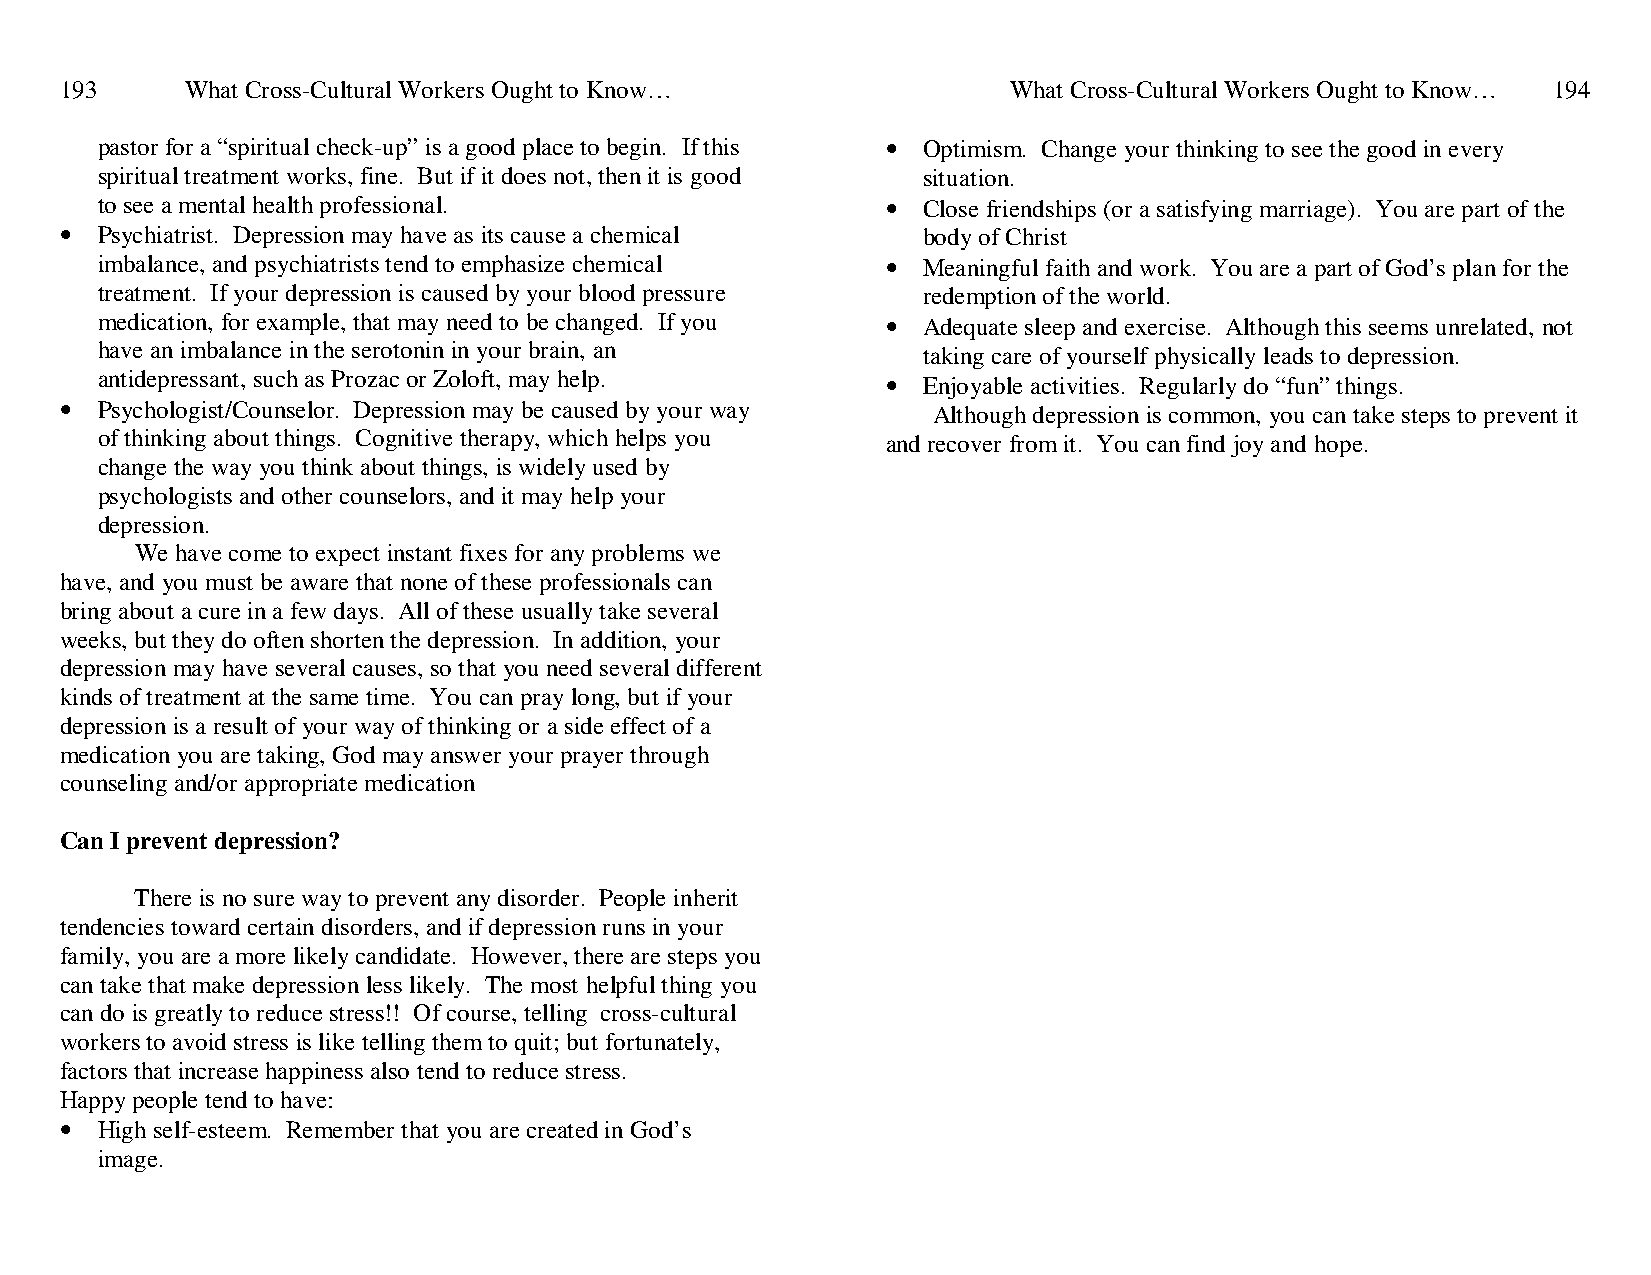
193     What Cross-Cultural Workers Ought to Know…             What Cross-Cultural Workers Ought to Know… 194
 pastor for a “spiritual check-up” is a good place to begin. If this • Optimism. Change your thinking to see the good in every
 spiritual treatment works, fine. But if it does not, then it is good situation.
 to see a mental health professional.                 • Close friendships (or a satisfying marriage). You are part of the
 • Psychiatrist. Depression may have as its cause a chemical body of Christ
 imbalance, and psychiatrists tend to emphasize chemical • Meaningful faith and work. You are a part of God’s plan for the
 treatment. If your depression is caused by your blood pressure redemption of the world.
 medication, for example, that may need to be changed. If you • Adequate sleep and exercise. Although this seems unrelated, not
 have an imbalance in the serotonin in your brain, an   taking care of yourself physically leads to depression.
 antidepressant, such as Prozac or Zoloft, may help.  • Enjoyable activities. Regularly do “fun” things.
 • Psychologist/Counselor. Depression may be caused by your way Although depression is common, you can take steps to prevent it
 of thinking about things. Cognitive therapy, which helps you and recover from it. You can find joy and hope.
 change the way you think about things, is widely used by
 psychologists and other counselors, and it may help your
 depression.
 We have come to expect instant fixes for any problems we
 have, and you must be aware that none of these professionals can
 bring about a cure in a few days. All of these usually take several
 weeks, but they do often shorten the depression. In addition, your
 depression may have several causes, so that you need several different
 kinds of treatment at the same time. You can pray long, but if your
 depression is a result of your way of thinking or a side effect of a
 medication you are taking, God may answer your prayer through
 counseling and/or appropriate medication
 Can I prevent depression?
 There is no sure way to prevent any disorder. People inherit
 tendencies toward certain disorders, and if depression runs in your
 family, you are a more likely candidate. However, there are steps you
 can take that make depression less likely. The most helpful thing you
 can do is greatly to reduce stress!! Of course, telling cross-cultural
 workers to avoid stress is like telling them to quit; but fortunately,
 factors that increase happiness also tend to reduce stress.
 Happy people tend to have:
 • High self-esteem. Remember that you are created in God’s
 image.